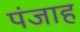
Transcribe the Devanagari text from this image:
पंजाह